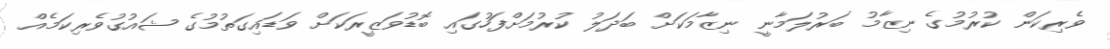
ވެރިކަން ކުރުމުގެ ނިޒާމު ބަރުލަމާނީ ނިޒާމަކަށް ބަދަލު ކުރުމަށްފަހުގައި ބޮޑުވަޒީރަކަށް ވަޑައިގަތުމުގެ ޝައުގުވެރިކަމެއް